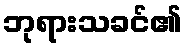
ဘုရားသခင်၏